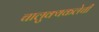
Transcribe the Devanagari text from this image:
चालुक्यकलेची